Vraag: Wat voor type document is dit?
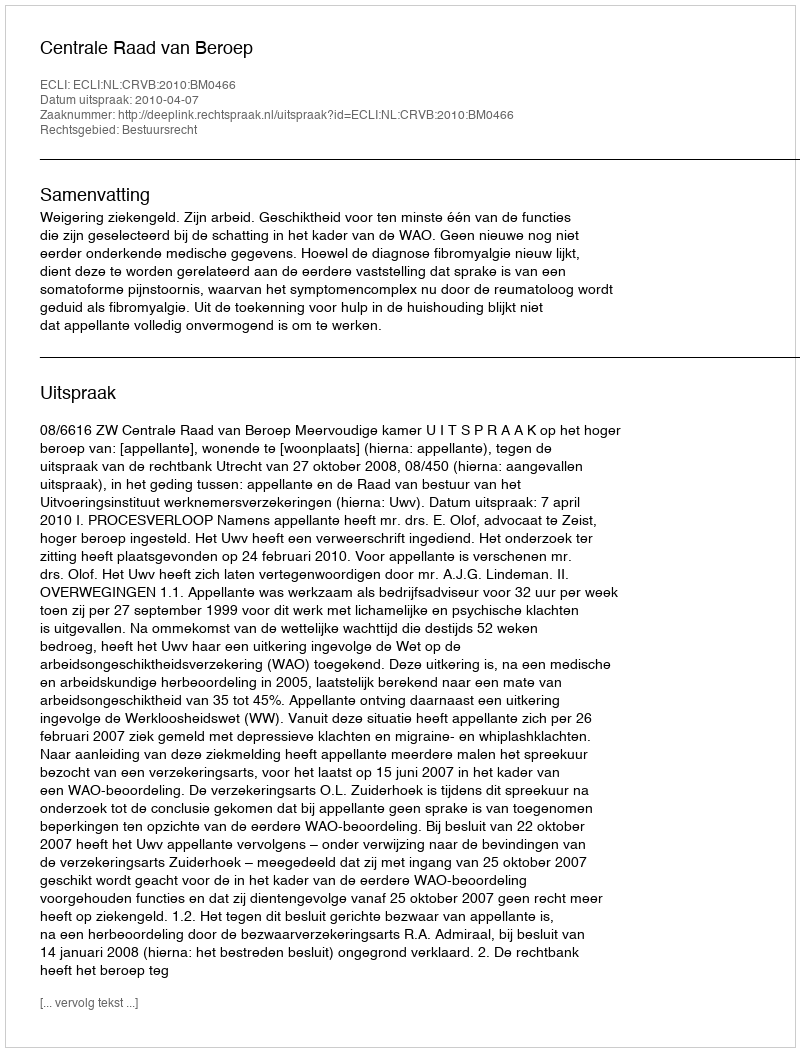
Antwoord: Uitspraak